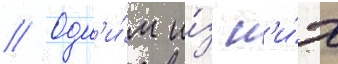
// Одн'и́м и́з н'и́х